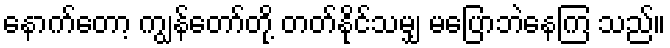
နောက်တော့ ကျွန်တော်တို့ တတ်နိုင်သမျှ မပြောဘဲနေကြ သည်။